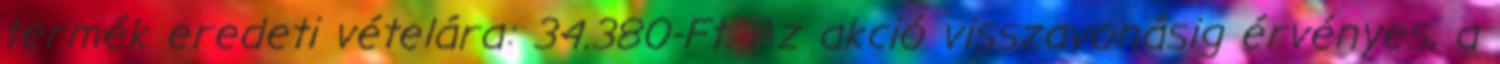
termék eredeti vételára: 34.380-Ft. Az akció visszavonásig érvényes, a